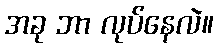
အခု ဘာ လုပ်နေလဲ။